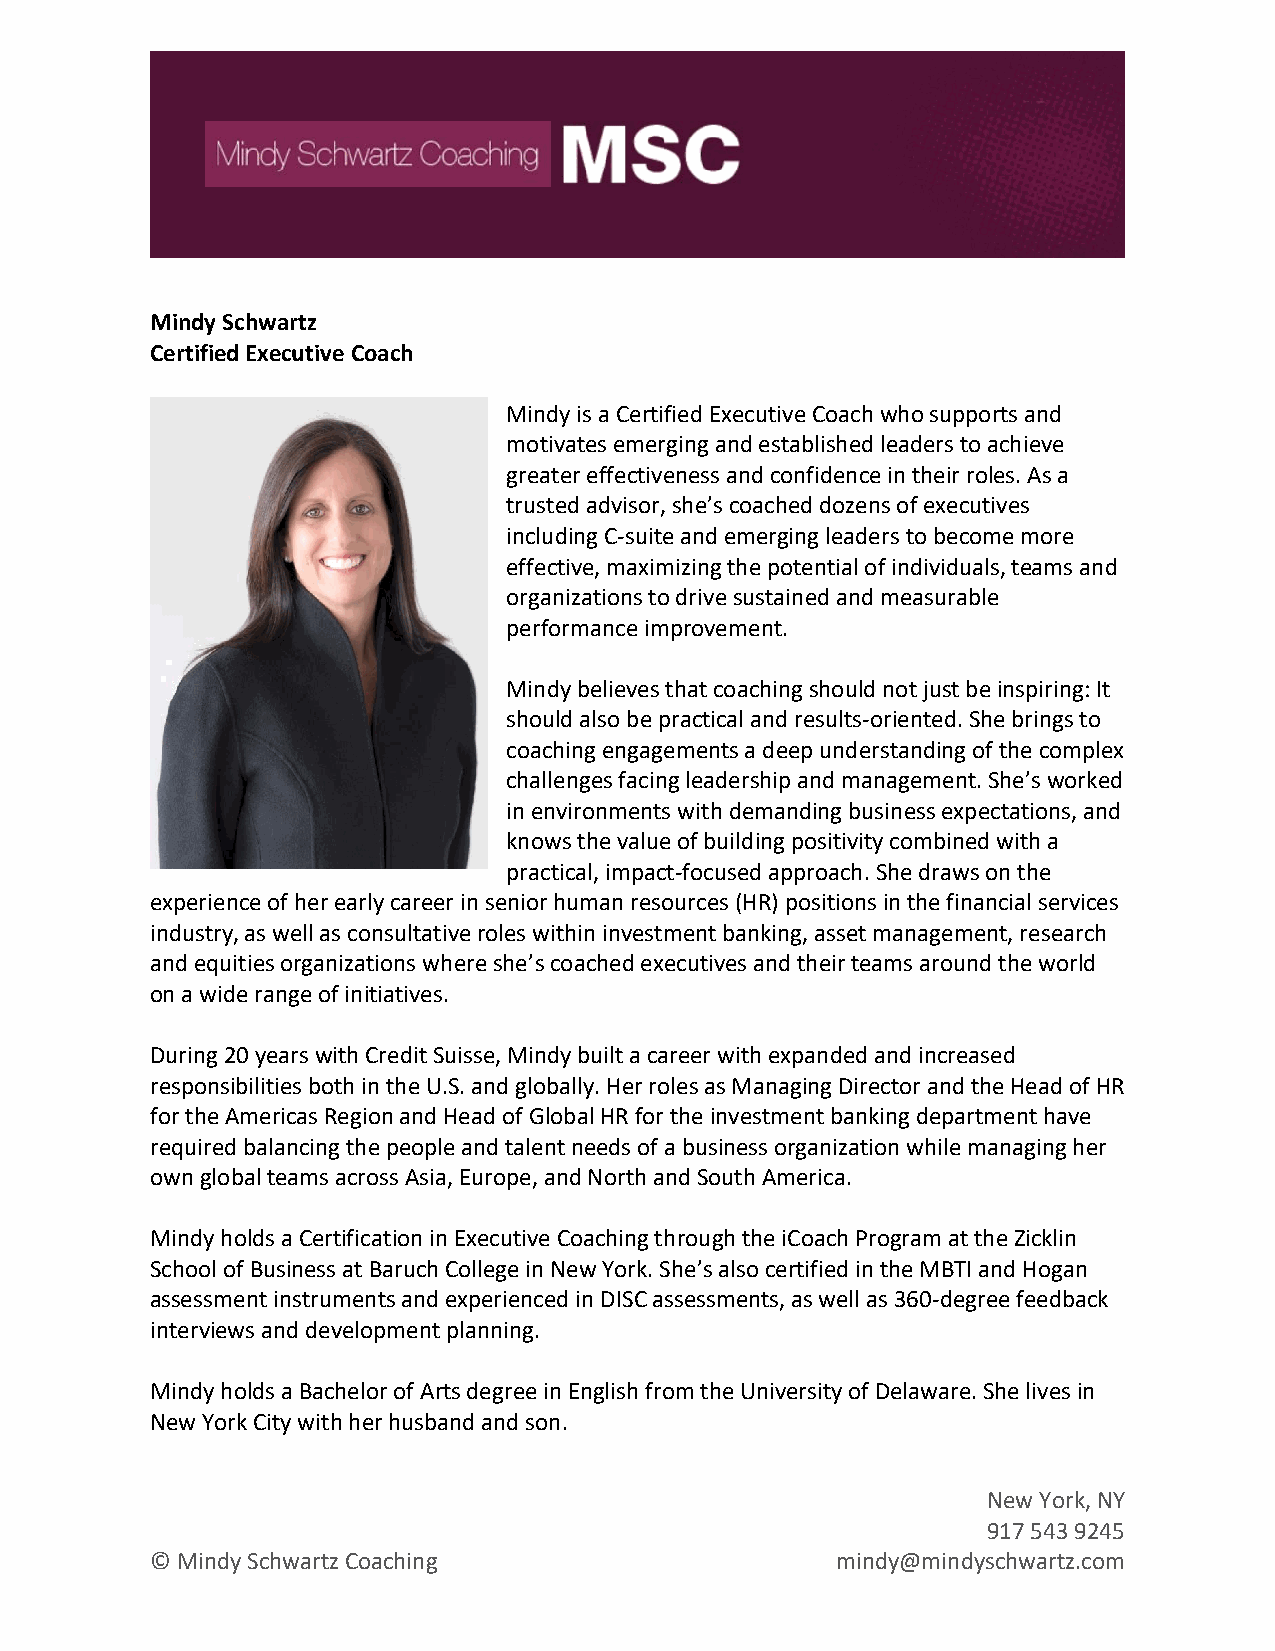
Mindy Schwartz
 Certified Executive Coach
 Mindy is a Certified Executive Coach who supports and
 motivates emerging and established leaders to achieve
 greater effectiveness and confidence in their roles. As a
 trusted advisor, she’s coached dozens of executives
 including C-suite and emerging leaders to become more
 effective, maximizing the potential of individuals, teams and
 organizations to drive sustained and measurable
 performance improvement.
 Mindy believes that coaching should not just be inspiring: It
 should also be practical and results-oriented. She brings to
 coaching engagements a deep understanding of the complex
 challenges facing leadership and management. She’s worked
 in environments with demanding business expectations, and
 knows the value of building positivity combined with a
 practical, impact-focused approach. She draws on the
 experience of her early career in senior human resources (HR) positions in the financial services
 industry, as well as consultative roles within investment banking, asset management, research
 and equities organizations where she’s coached executives and their teams around the world
 on a wide range of initiatives.
 During 20 years with Credit Suisse, Mindy built a career with expanded and increased
 responsibilities both in the U.S. and globally. Her roles as Managing Director and the Head of HR
 for the Americas Region and Head of Global HR for the investment banking department have
 required balancing the people and talent needs of a business organization while managing her
 own global teams across Asia, Europe, and North and South America.
 Mindy holds a Certification in Executive Coaching through the iCoach Program at the Zicklin
 School of Business at Baruch College in New York. She’s also certified in the MBTI and Hogan
 assessment instruments and experienced in DISC assessments, as well as 360-degree feedback
 interviews and development planning.
 Mindy holds a Bachelor of Arts degree in English from the University of Delaware. She lives in
 New York City with her husband and son.
 New York, NY
 917 543 9245
 © Mindy Schwartz Coaching                    mindy@mindyschwartz.com